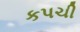
કપચી